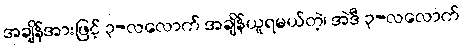
အချိန်အားဖြင့် ၃-လလောက် အချိန်ယူရမယ်တဲ့၊ အဲဒီ ၃-လလောက်